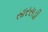
સારસડી